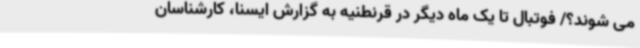
می شوند؟/ فوتبال تا یک ماه دیگر در قرنطنیه به گزارش ایسنا، کارشناسان